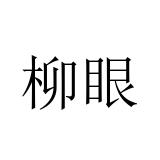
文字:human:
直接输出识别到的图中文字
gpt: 柳眼